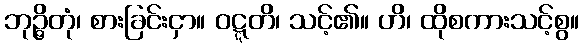
ဘုဉ္ဇိတုံ၊ စားခြင်းငှာ။ ဝဋ္ဋတိ၊ သင့်၏။ ဟိ၊ ထိုစကားသင့်စွ။